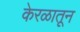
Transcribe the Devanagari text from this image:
केरळातून